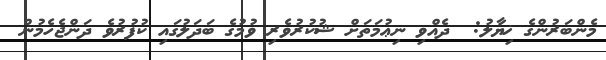
މެންބަރުންގެ ޚިޔާލު:  ދެއްވި ނިޢުމަތަށް ޝުކުރުވެރި ވުމުގެ ބަދަލުގައި ކުފުރުވެ ދަންޖެހެމުން